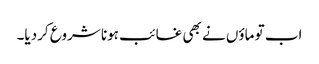
اب تو ماؤں نے بھی غائب ہونا شروع کردیا۔